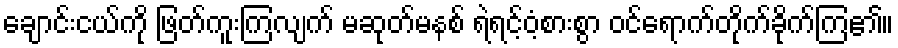
ချောင်းငယ်ကို ဖြတ်ကူးကြလျက် မဆုတ်မနစ် ရဲရင့်ဝံ့စားစွာ ဝင်ရောက်တိုက်ခိုက်ကြ၏။